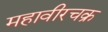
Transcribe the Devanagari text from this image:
महावीरचक्र